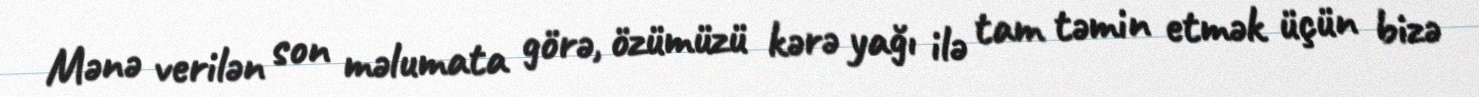
Mənə verilən son məlumata görə, özümüzü kərə yağı ilə tam təmin etmək üçün bizə